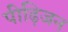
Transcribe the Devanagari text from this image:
पीढ़िजन